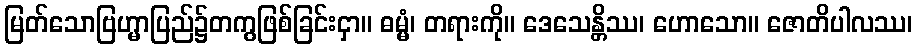
မြတ်သောဗြဟ္မာပြည်၌တကွဖြစ်ခြင်းငှာ။ ဓမ္မံ၊ တရားကို။ ဒေသေန္တိဿ၊ ဟောသော။ ဇောတိပါလဿ၊